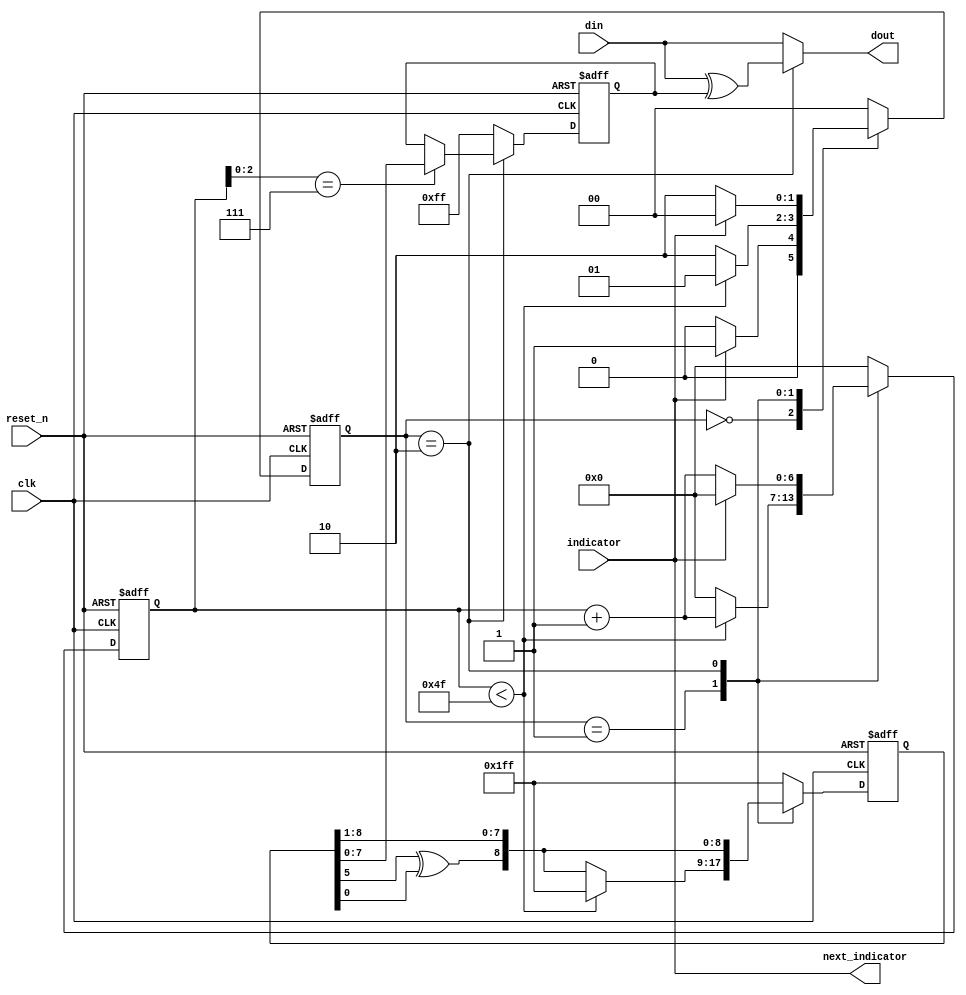
`timescale 1us/100ns

module data_whiting(
    output [7:0] dout,
    output next_indicator,
    input [7:0] din,
    input indicator,
    input clk,
    input reset_n
);

localparam RANDOM_INIT = 9'b1_1111_1111;

localparam WAITING = 0,
           PADDING = 1,
           ENCODING = 2;

reg [1:0] state, next_state;
reg [6:0] count, next_count;

reg [8:0] random_regs, next_random_regs;
reg [7:0] working_random, next_working_random;
wire [8:0] next_random = {random_regs[5] ^ random_regs[0], random_regs[8:1]};

always @(*) begin
    case (state)
        WAITING: begin
            if (indicator)
                next_state = PADDING;
            else
                next_state = WAITING;
            next_count = 0;
            next_random_regs = RANDOM_INIT;
            next_working_random = RANDOM_INIT;
        end

        PADDING: begin
            if (count < 79) begin
                next_state = PADDING;
                next_count = count + 1;
                next_random_regs = RANDOM_INIT;
            end else begin
                next_state = ENCODING;
                next_count = 0;
                next_random_regs = next_random;
            end
            next_working_random = RANDOM_INIT;
        end

        ENCODING: begin
            if (indicator) begin
                next_state = WAITING;
                next_count = 0;
            end else begin
                next_state = ENCODING;
                next_count = count + 1;
            end
            next_random_regs = next_random;
            next_working_random = (count[2:0] == 7 ?
                                   random_regs :
                                   working_random);
        end

        default: begin
            next_state = WAITING;
            next_count = 0;
            next_random_regs = RANDOM_INIT;
            next_working_random = RANDOM_INIT;
        end
    endcase
end

// Update states.
always @(posedge clk or negedge reset_n) begin
    if (~reset_n) begin
        state <= WAITING;
        count <= 0;
        random_regs <= RANDOM_INIT;
        working_random <= RANDOM_INIT;
    end else begin
        state <= next_state;
        count <= next_count;
        random_regs <= next_random_regs;
        working_random <= next_working_random;
    end
end

assign next_indicator = indicator;

assign dout = (state == ENCODING ? din ^ working_random : din);

endmodule